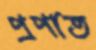
প্রপাত